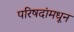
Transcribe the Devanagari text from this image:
परिषदांमधून